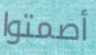
أصمتوا